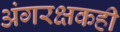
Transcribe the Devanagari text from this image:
अंगरक्षकही